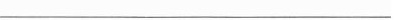
___